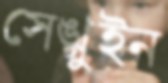
সেঙ্গুইন